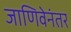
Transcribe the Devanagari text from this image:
जाणिवेनंतर